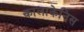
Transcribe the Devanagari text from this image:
कालाकेनिस